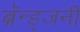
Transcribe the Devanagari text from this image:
ब्रॅन्ड्जनी